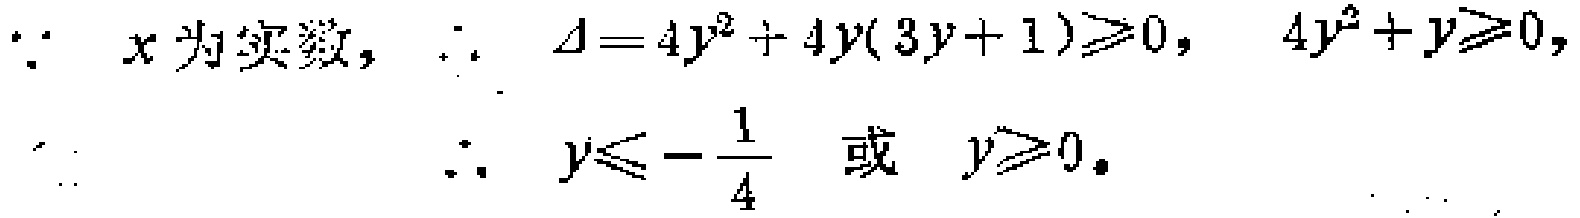
\(\because x\text{ 为实数，}\therefore \Delta = 4y^{2}+4y(3y + 1)\geqslant0,\ 4y^{2}+y\geqslant0,\)
\(\therefore y\leqslant-\frac{1}{4}\text{ 或 }y\geqslant0.\)